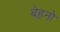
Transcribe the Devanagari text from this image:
बेहनो